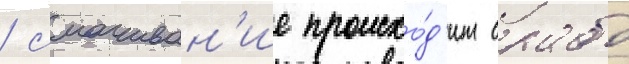
/ смачиван'ие происхо́д'ит слабо